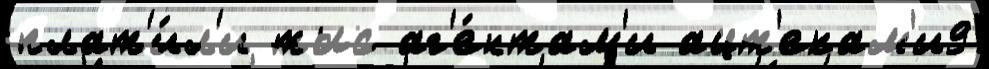
плат'и́л'и тыс аг'е́нтам'и ацт'екам'и9